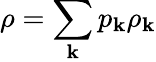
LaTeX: \rho=\sum_{\mathbf{k}}p_{\mathbf{k}}\rho_{\mathbf{k}}